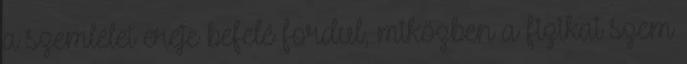
a szemlélet ereje befelé fordul, miközben a fizikai szem